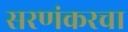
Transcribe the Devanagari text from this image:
सरणंकरचा